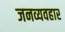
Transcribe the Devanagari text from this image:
जनव्यवहार